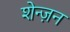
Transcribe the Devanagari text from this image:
शेन्ज़न